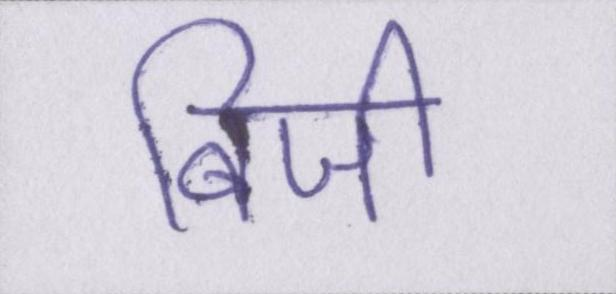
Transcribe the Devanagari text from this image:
बिजी